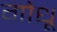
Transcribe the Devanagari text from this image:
गोधू